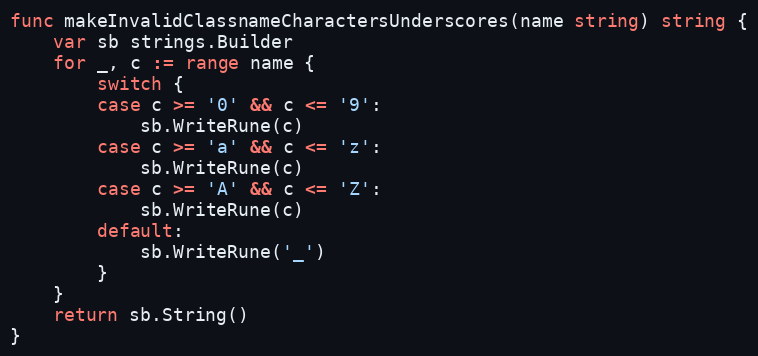
Language: Go
func makeInvalidClassnameCharactersUnderscores(name string) string {
	var sb strings.Builder
	for _, c := range name {
		switch {
		case c >= '0' && c <= '9':
			sb.WriteRune(c)
		case c >= 'a' && c <= 'z':
			sb.WriteRune(c)
		case c >= 'A' && c <= 'Z':
			sb.WriteRune(c)
		default:
			sb.WriteRune('_')
		}
	}
	return sb.String()
}